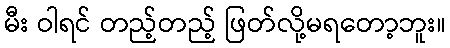
မီး ဝါရင် တည့်တည့် ဖြတ်လို့မရတော့ဘူး။